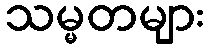
သမ္မတများ